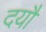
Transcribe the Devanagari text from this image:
दयौ